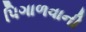
પિગાળવાની